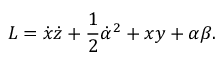
L = \dot { x } \dot { z } + \frac { 1 } { 2 } \dot { \alpha } ^ { 2 } + x y + \alpha \beta .